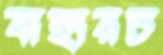
বাহারচ